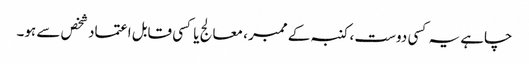
چاہے یہ کسی دوست ، کنبہ کے ممبر ، معالج یا کسی قابل اعتماد شخص سے ہو۔